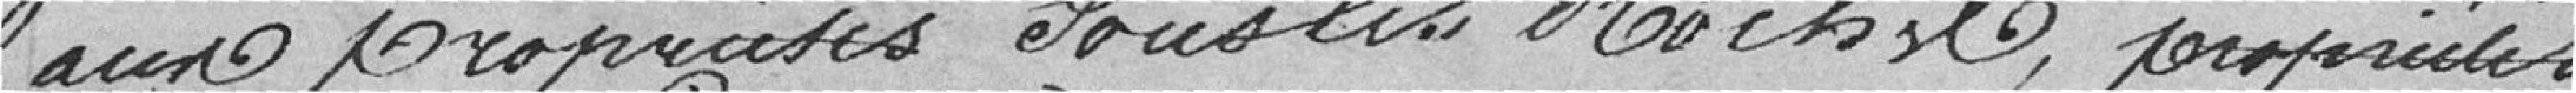
aux propriétés sous les roches , propriétés